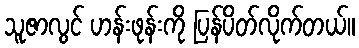
သူဇာလွင် ဟန်းဖုန်းကို ပြန်ပိတ်လိုက်တယ်။